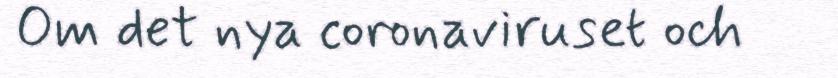
Om det nya coronaviruset och